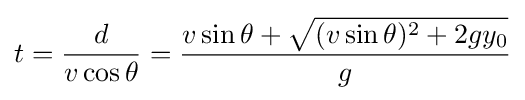
t={\frac {d}{v\cos \theta }}={\frac {v\sin \theta +{\sqrt {(v\sin \theta )^{2}+2gy_{0}}}}{g}}